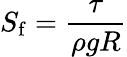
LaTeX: S_{\mathrm{f}}={\frac{\tau}{\rho gR}}